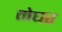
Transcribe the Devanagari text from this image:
मेघर